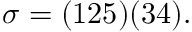
\sigma = ( 1 2 5 ) ( 3 4 ) .